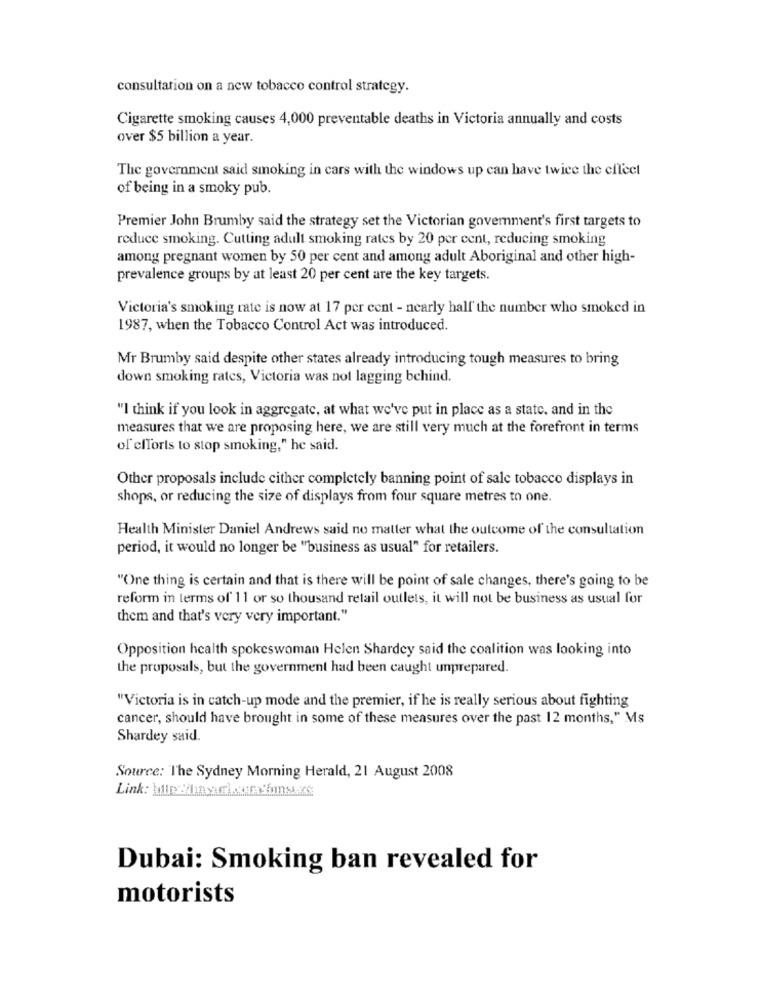
consultation on a new tobacco control strategy.
Cigarette smoking causes 4,000 preventable deaths in Victoria annually and costs
over $5 billion a year.
The government said smoking in cars with the windows up can have twice the effect
of being in a smoky pub.
Premier John Brumby said the strategy set the Victorian government's first targets to
reduce smoking. Cutting adult smoking rates by 20 per cent, reducing smoking
among pregnant women by 50 per cent and among adult Aboriginal and other high-
prevalence groups by at least 20 per cent are the key targets.
Victoria's smoking rate is now at 17 per cent - nearly half the number who smoked in
1987, when the Tobacco Control Act was introduced.
Mr Brumby said despite other states already introducing tough measures to bring
down smoking rates, Victoria was not lagging behind.
"I think if you look in aggregate, at what we've put in place as a state, and in the
measures that we are proposing here, we are still very much at the forefront in terms
of efforts to stop smoking," he said.
Other proposals include cither completely banning point of sale tobacco displays in
shops, or reducing the size of displays from four square metres to one.
Health Minister Daniel Andrews said no matter what the outcome of the consultation
period, it would no longer be "business as usual" for retailers.
"One thing is certain and that is there will be point of sale changes, there's going to be
reform in terms of 11 or so thousand retail outlets, it will not be business as usual for
them and that's very very important."
Opposition health spokeswoman Helen Shardey said the coalition was looking into
the proposals, but the government had been caught unprepared.
"Victoria is in catch-up mode and the premier, if he is really serious about fighting
cancer, should have brought in some of these measures over the past 12 months," Ms
Shardey said.
Source: The Sydney Morning Herald, 21 August 2008
Dubai: Smoking ban revealed for
motorists